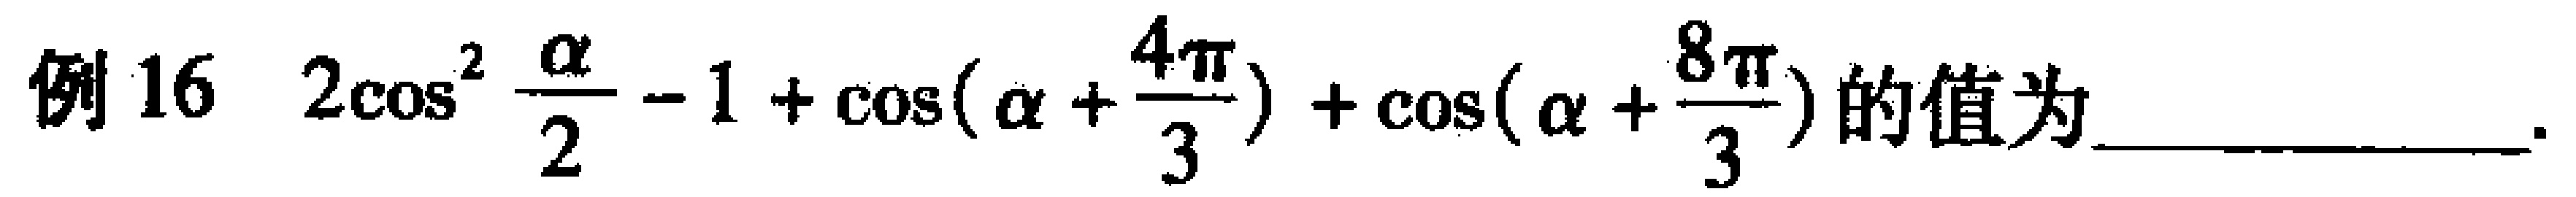
例16 \(2\cos^{2} \frac{\alpha}{2} - 1 + \cos(\alpha + \frac{4\pi}{3}) + \cos(\alpha + \frac{8\pi}{3})\)的值为  。